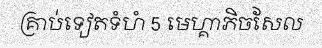
គ្រាប់ទៀតទំហំ 5 មេហ្គាភិចសែល